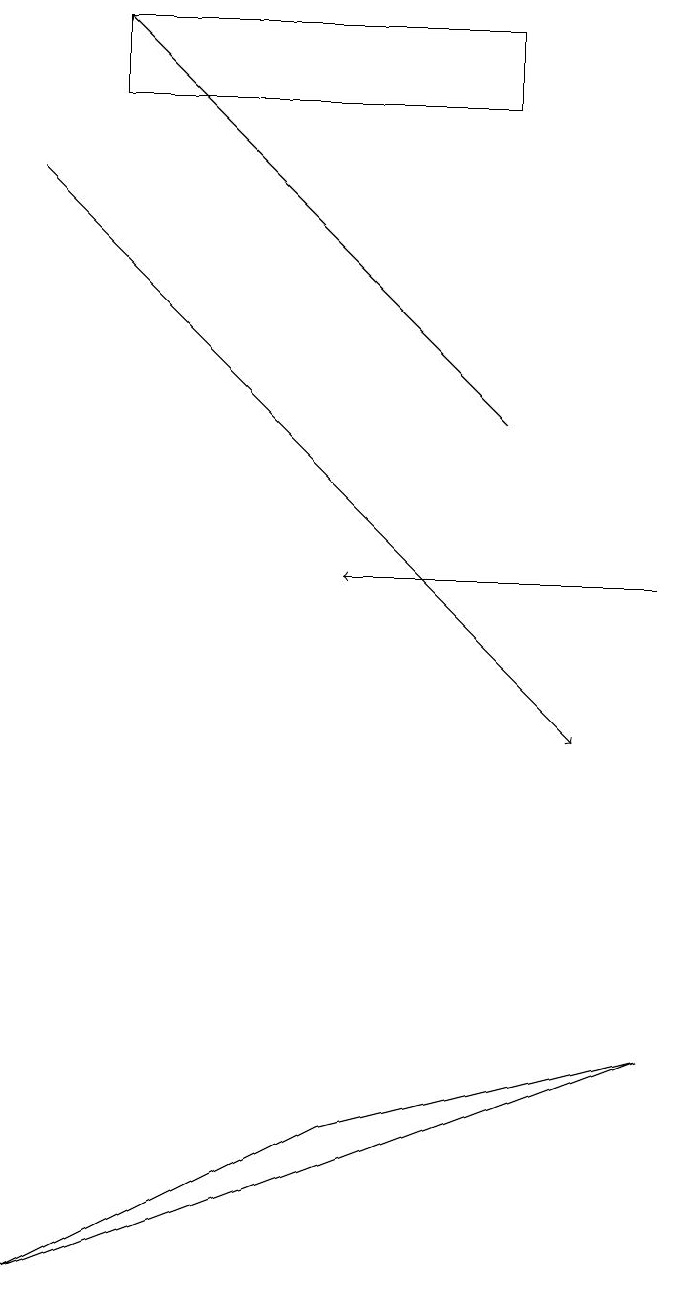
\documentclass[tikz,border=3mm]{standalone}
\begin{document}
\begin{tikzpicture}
\draw (6,18) rectangle (1,19);
\draw[->] (8,12) -- (4,12);
\draw[->] (6,14) -- (1,19);
\draw[->] (0,17) -- (7,10);
\draw (8,6) -- (4,5) -- (0,3) -- cycle;
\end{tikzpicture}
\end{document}